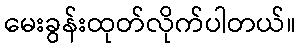
မေးခွန်းထုတ်လိုက်ပါတယ်။